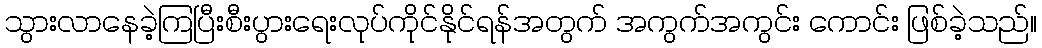
သွားလာနေခဲ့ကြပြီးစီးပွားရေးလုပ်ကိုင်နိုင်ရန်အတွက် အကွက်အကွင်း ကောင်း ဖြစ်ခဲ့သည်။